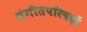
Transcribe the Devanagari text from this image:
संगीतपरिषदों